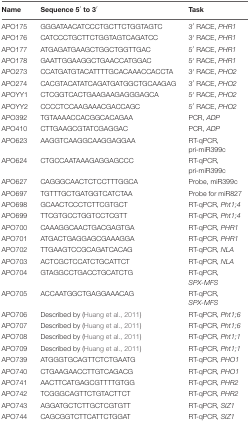
<table><thead><tr><td><b>Name</b></td><td><b>Sequence 5′ to 3′</b></td><td><b>Task</b></td></tr></thead><tbody><tr><td>APO175</td><td>GGGATAACATCCCTGCTTCTGGTAGTC</td><td>3′ RACE, <i>PHR1</i></td></tr><tr><td>APO176</td><td>CATCCCTGCTTCTGGTAGTCAGATCC</td><td>3′ RACE, <i>PHR1</i></td></tr><tr><td>APO177</td><td>ATGAGATGAAGCTGGCTGGTTGAC</td><td>5′ RACE, <i>PHR1</i></td></tr><tr><td>APO178</td><td>GAATTGGAAGGCTGAACCATGGAC</td><td>5′ RACE, <i>PHR1</i></td></tr><tr><td>APO273</td><td>CCATGATGTACATTTTGCACAAACCACCTA</td><td>3′ RACE, <i>PHO2</i></td></tr><tr><td>APO274</td><td>CACGTACATATCAGATGATGGCTGCAAGAG</td><td>3′ RACE, <i>PHO2</i></td></tr><tr><td>APOYY1</td><td>CTCGGTCACTGAAGAAGAGGGAGCA</td><td>5′ RACE, <i>PHO2</i></td></tr><tr><td>APOYY2</td><td>CCCCTCCAAGAAACGACCAGC</td><td>5′ RACE, <i>PHO2</i></td></tr><tr><td>APO392</td><td>TGTAAAACCACGGCACAGAA</td><td>PCR, <i>ADP</i></td></tr><tr><td>APO410</td><td>CTTGAAGCGTATCGAGGAC</td><td>PCR, <i>ADP</i></td></tr><tr><td>APO623</td><td>AAGGTCAAGGCAAGGAGGAA</td><td>RT-qPCR, pri-miR399c</td></tr><tr><td>APO624</td><td>CTGCCAATAAAGAGGAGCCC</td><td>RT-qPCR, pri-miR399c</td></tr><tr><td>APO627</td><td>CAGGGCAACTCTCCTTTGGCA</td><td>Probe, miR399c</td></tr><tr><td>APO697</td><td>TGTTTGCTGATGGTCATCTAA</td><td>Probe for miR827</td></tr><tr><td>APO698</td><td>GCAACTCCCTCTTCGTGCT</td><td>RT-qPCR, <i>Pht1;4</i></td></tr><tr><td>APO699</td><td>TTCGTGCCTGGTCCTCGTT</td><td>RT-qPCR, <i>Pht1;4</i></td></tr><tr><td>APO700</td><td>CAAAGGCAACTGACGAGTGA</td><td>RT-qPCR, <i>PHR1</i></td></tr><tr><td>APO701</td><td>ATGACTGAGGAGCGAAAGGA</td><td>RT-qPCR, <i>PHR1</i></td></tr><tr><td>APO702</td><td>TTGAAGTCCGCAGATCACAG</td><td>RT-qPCR, <i>NLA</i></td></tr><tr><td>APO703</td><td>ACTCGCTCCATCTGCATTCT</td><td>RT-qPCR, <i>NLA</i></td></tr><tr><td>APO704</td><td>GTAGGCCTGACCTGCATCTG</td><td>RT-qPCR, <i>SPX-MFS</i></td></tr><tr><td>APO705</td><td>ACCAATGGCTGAGGAAACAG</td><td>RT-qPCR, <i>SPX-MFS</i></td></tr><tr><td>APO706</td><td>Described by (Huang et al., 2011)</td><td>RT-qPCR, <i>Pht1;6</i></td></tr><tr><td>APO707</td><td>Described by (Huang et al., 2011)</td><td>RT-qPCR, <i>Pht1;6</i></td></tr><tr><td>APO708</td><td>Described by (Huang et al., 2011)</td><td>RT-qPCR, <i>Pht1;1</i></td></tr><tr><td>APO709</td><td>Described by (Huang et al., 2011)</td><td>RT-qPCR, <i>Pht1;1</i></td></tr><tr><td>APO739</td><td>ATGGGTGCAGTTCTCTGAATG</td><td>RT-qPCR, <i>PHO1</i></td></tr><tr><td>APO740</td><td>CTGAAGAACCTTGTCAGACG</td><td>RT-qPCR, <i>PHO1</i></td></tr><tr><td>APO741</td><td>AACTTCATGAGCGTTTTGTGG</td><td>RT-qPCR, <i>PHR2</i></td></tr><tr><td>APO742</td><td>TCGGGCAGTTCTGTACTTCT</td><td>RT-qPCR, <i>PHR2</i></td></tr><tr><td>APO743</td><td>AGGATGCTCTTGCTCGTGTT</td><td>RT-qPCR, <i>SIZ1</i></td></tr><tr><td>APO744</td><td>CAGCGGTCTTCATTCTGGAT</td><td>RT-qPCR, <i>SIZ1</i></td></tr></tbody></table>